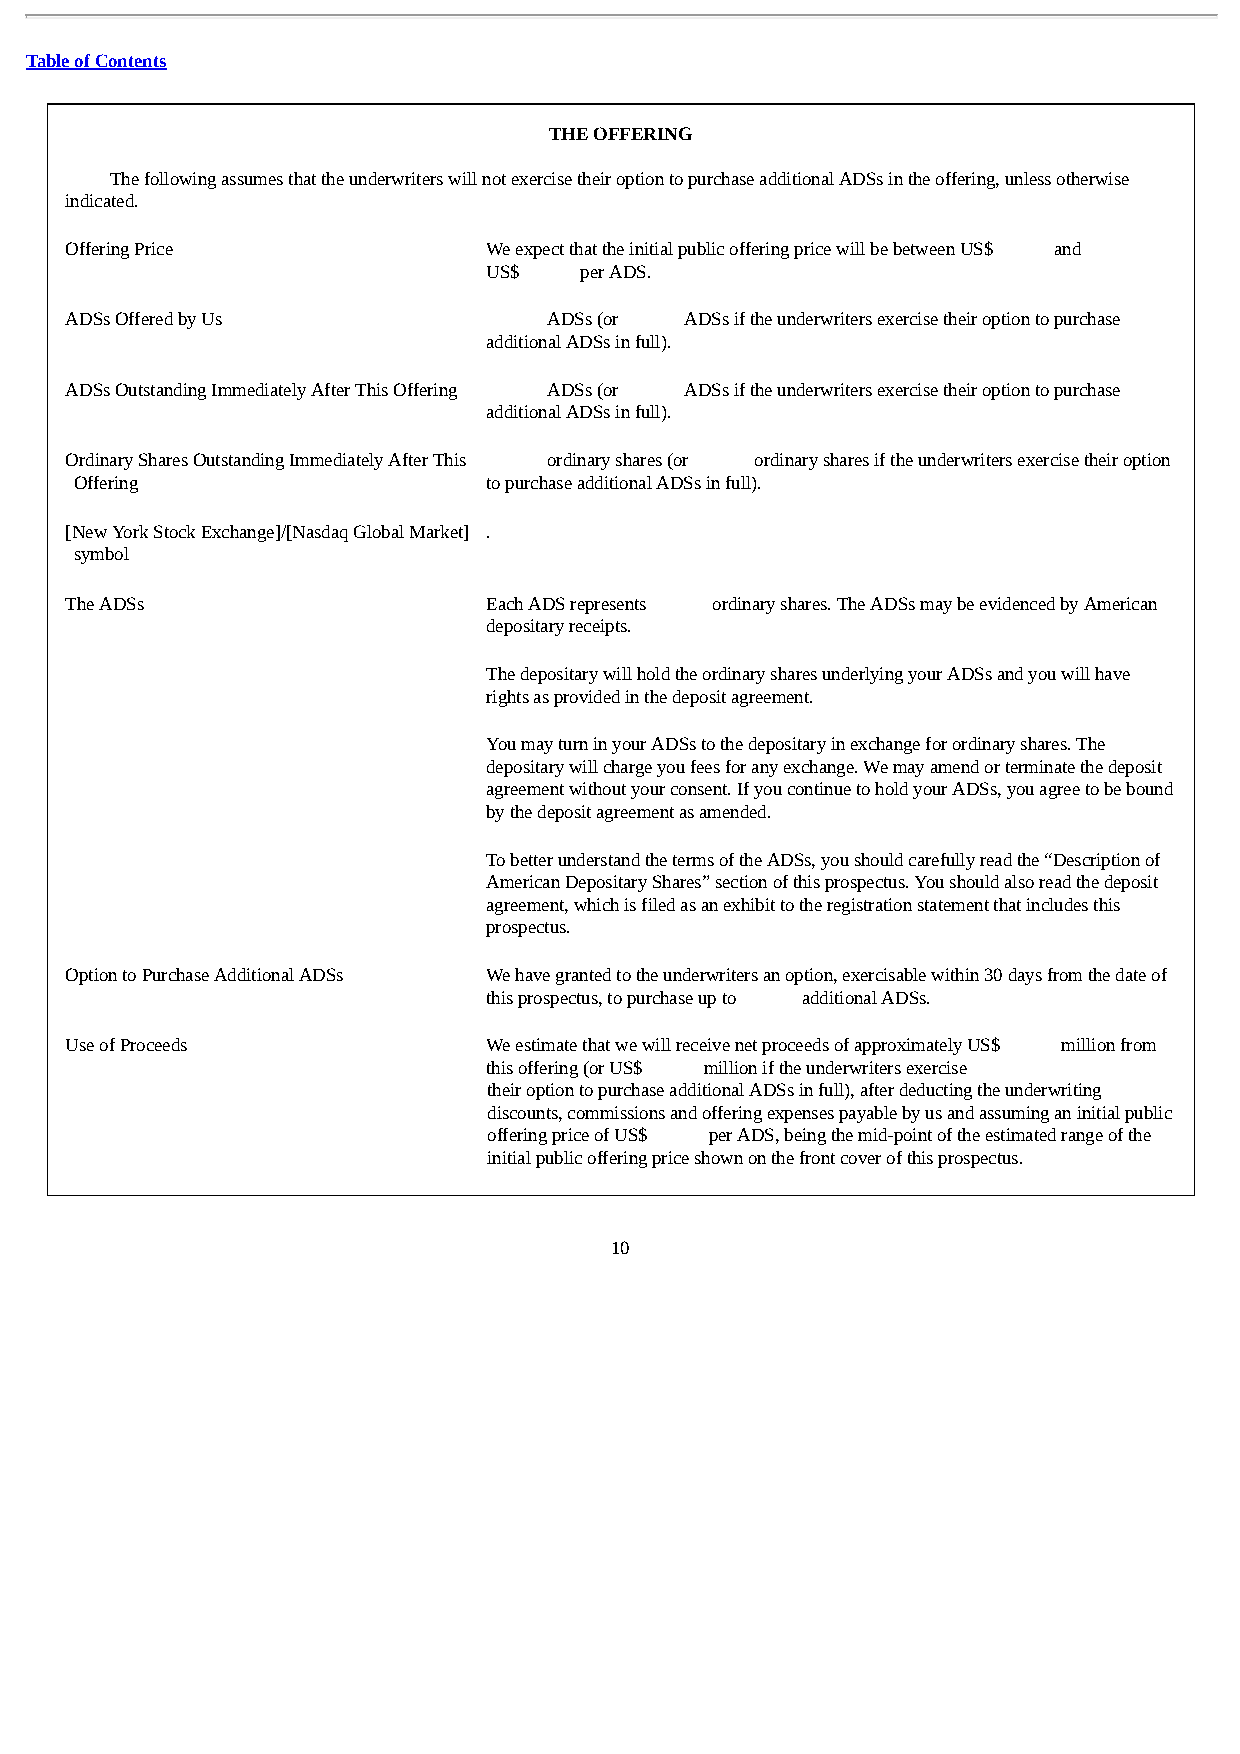
Table of Contents
 THE OFFERING
 The following assumes that the underwriters will not exercise their option to purchase additional ADSs in the offering, unless otherwise
 indicated.
 Offering Price              We expect that the initial public offering price will be between US$ and
 US$   per ADS.
 ADSs Offered by Us              ADSs (or ADSs if the underwriters exercise their option to purchase
 additional ADSs in full).
 ADSs Outstanding Immediately After This Offering ADSs (or ADSs if the underwriters exercise their option to purchase
 additional ADSs in full).
 Ordinary Shares Outstanding Immediately After This ordinary shares (or ordinary shares if the underwriters exercise their option
 Offering                   to purchase additional ADSs in full).
 [New York Stock Exchange]/[Nasdaq Global Market] .
 symbol
 The ADSs                    Each ADS represents ordinary shares. The ADSs may be evidenced by American
 depositary receipts.
 The depositary will hold the ordinary shares underlying your ADSs and you will have
 rights as provided in the deposit agreement.
 You may turn in your ADSs to the depositary in exchange for ordinary shares. The
 depositary will charge you fees for any exchange. We may amend or terminate the deposit
 agreement without your consent. If you continue to hold your ADSs, you agree to be bound
 by the deposit agreement as amended.
 To better understand the terms of the ADSs, you should carefully read the “Description of
 American Depositary Shares” section of this prospectus. You should also read the deposit
 agreement, which is filed as an exhibit to the registration statement that includes this
 prospectus.
 Option to Purchase Additional ADSs We have granted to the underwriters an option, exercisable within 30 days from the date of
 this prospectus, to purchase up to additional ADSs.
 Use of Proceeds             We estimate that we will receive net proceeds of approximately US$ million from
 this offering (or US$ million if the underwriters exercise
 their option to purchase additional ADSs in full), after deducting the underwriting
 discounts, commissions and offering expenses payable by us and assuming an initial public
 offering price of US$ per ADS, being the mid-point of the estimated range of the
 initial public offering price shown on the front cover of this prospectus.
 10